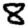
Digit: 8